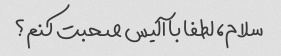
سلام، لطفا با آلیس صحبت کنم؟